Vaccination in Bombay 1856-1862 - 1856-1862
Year: 1856
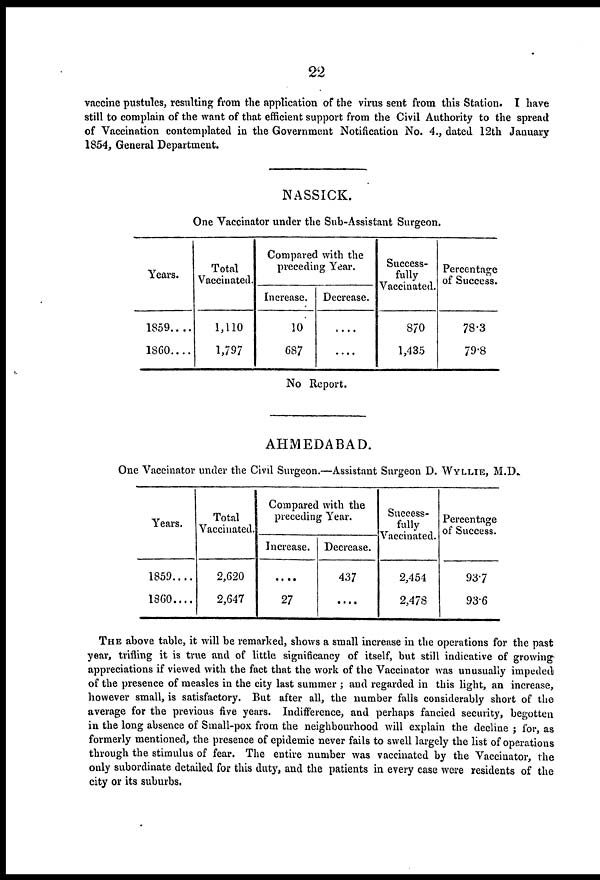
22
vaccine pustules, resulting from the application of the virus sent from this Station. I have
still to complain of the want of that efficient support from the Civil Authority to the spread
of Vaccination contemplated in the Government Notification No. 4., dated 12th January
1854, General Department.
NASSICK.
One Vaccinator under the Sub-Assistant Surgeon.
Years.
1859....
1860....
Total
Vaccinated.
1,110
1,797
Compared with the
preceding Year.
Increase.
10
687
Decrease.
....
....
Success-
fully
Vaccinated.
870
1,435
Percentage
of Success.
78.3
79.8
No Report.
AHMEDABAD.
One Vaccinator under the Civil Surgeon.—Assistant Surgeon D. WYLLIE, M.D.
Years.
1859....
1860....
Total
Vaccinated.
2,620
2,647
Compared with the
preceding Year.
Increase.
....
27
Decrease.
437
....
Success-
fully
Vaccinated.
2,454
2,478
Percentage
of Success.
93.7
93.6
THE above table, it will be remarked, shows a small increase in the operations for the past
year, trifling it is true and of little signficancy of itself, but still indicative of growing
appreciations if viewed with the fact that the work of the Vaccinator was unusually impeded
of the presence of measles in the city last summer ; and regarded in this light, an increase,
however small, is satisfactory. But after all, the number falls considerably short of the
average for the previous five years. Indifference, and perhaps fancied security, begotten
in the long absence of Small-pox from the neighbourhood will explain the decline ; for, as
formerly mentioned, the presence of epidemic never fails to swell largely the list of operations
through the stimulus of fear. The entire number was vaccinated by the Vaccinator, the
only subordinate detailed for this duty, and the patients in every case were residents of the
city or its suburbs.